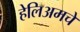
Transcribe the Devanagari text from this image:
हेलिअमचे